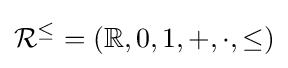
{\mathcal {R}}^{\leq }=(\mathbb {R} ,0,1,+,\cdot ,\leq )